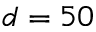
d = 5 0